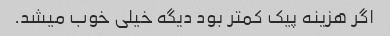
اگر هزینه پیک کمتر بود دیگه خیلی خوب میشد.